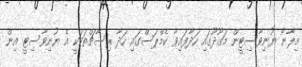
މިލާނޯ ޔުނިވާސިޓީން މަގޫދޫގައި ހަދާފައިވާ ކެމްޕަސްގައި ހަދާ ރިސާޗްތަކަކީ އެ ޔުނިވާސިޓީ އިން